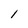
Character: l